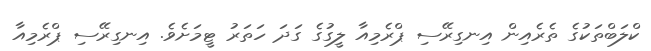
ކްލަބްތަކުގެ ތެރެއިން އިނގިރޭސި ޕްރެމިއާ ލީގުގެ ގަދަ ހަތަރު ޓީމަށެވެ. އިނގިރޭސި ޕްރެމިއާ